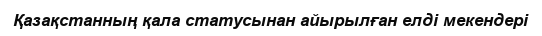
Қазақстанның қала статусынан айырылған елді мекендері